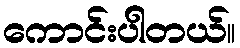
ကောင်းပါတယ်။